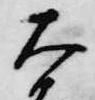
大